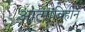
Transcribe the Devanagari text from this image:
आत्माविहीन